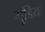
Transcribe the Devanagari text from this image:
गुंडियाँ